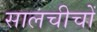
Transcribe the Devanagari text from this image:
सालचीचों